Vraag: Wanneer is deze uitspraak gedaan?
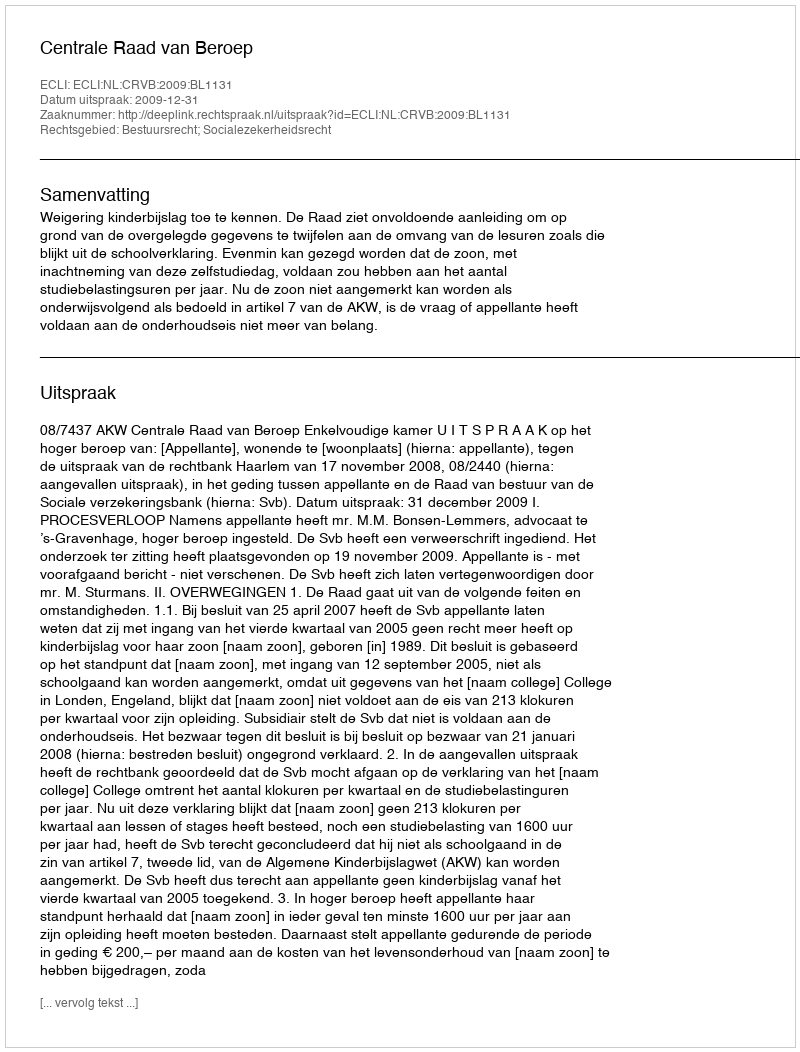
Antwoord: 2009-12-31